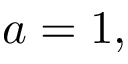
a = 1 ,